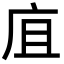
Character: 㡹